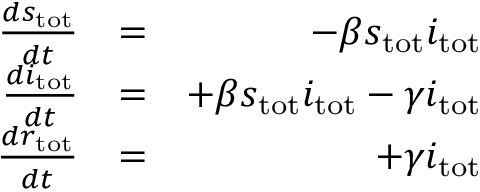
\begin{array} { r l r } { \frac { d s _ { \mathrm { t o t } } } { d t } } & { = } & { - \beta s _ { \mathrm { t o t } } i _ { \mathrm { t o t } } } \\ { \frac { d i _ { \mathrm { t o t } } } { d t } } & { = } & { + \beta s _ { \mathrm { t o t } } i _ { \mathrm { t o t } } - \gamma i _ { \mathrm { t o t } } } \\ { \frac { d r _ { \mathrm { t o t } } } { d t } } & { = } & { + \gamma i _ { \mathrm { t o t } } } \end{array}